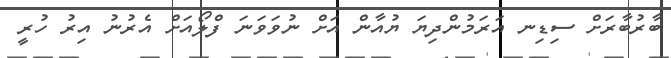
ބާރުބާރަށް ސިޑިނ އަރަމުންދިޔަ ޔުއާން އަށް ނުވަވަނަ ފްލޯއަށް އެރުނު އިރު ހުރީ